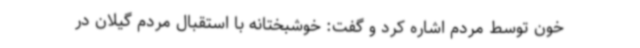
خون توسط مردم اشاره کرد و گفت: خوشبختانه با استقبال مردم گیلان در